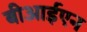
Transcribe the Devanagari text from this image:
बीआईएन